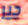
جير